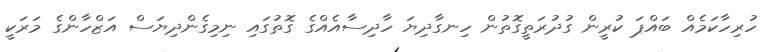
ހުރިހާކަމެއް ބައްޕަ ކުރީން ގުދުރަތީގޮތުން ހިނގާދިޔަ ހާދިސާއެއްގެ ގޮތުގައި ނިމިގެންދިޔަސް އަޒްހާންގެ މަރަކީ